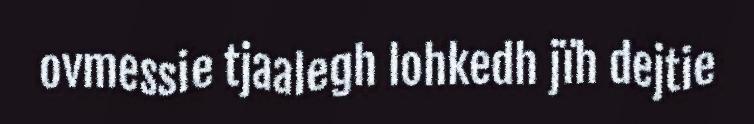
ovmessie tjaalegh lohkedh jïh dejtie